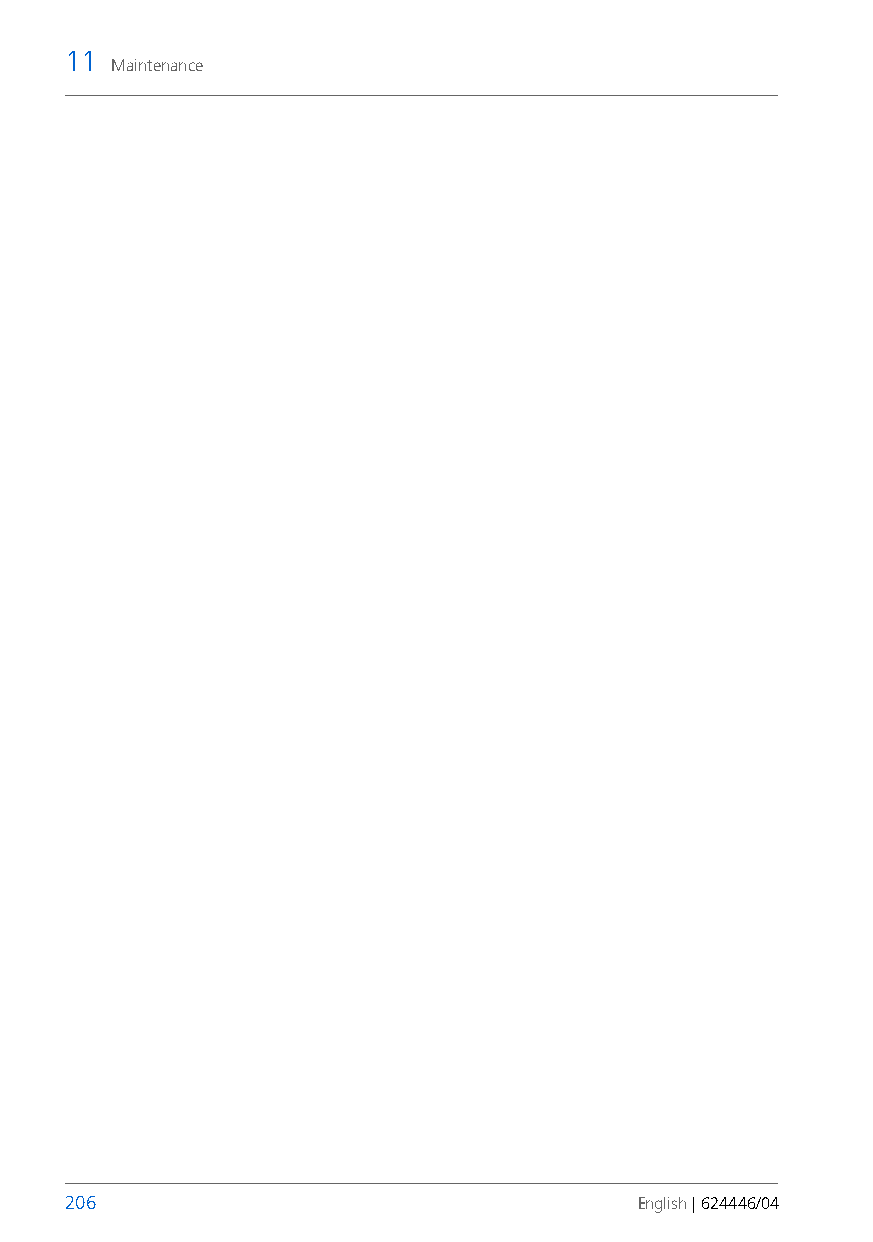
11
 Maintenance
 206                                   English | 624446/04